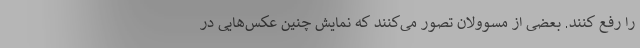
را رفع کنند. بعضی از مسوولان تصور می‌کنند که نمایش چنین عکس‌هایی در